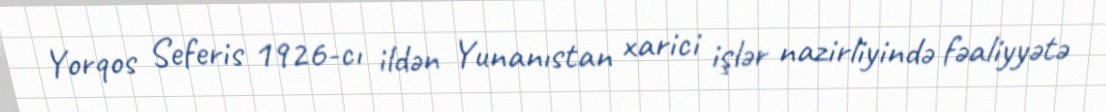
Yorqos Seferis 1926-cı ildən Yunanıstan xarici işlər nazirliyində fəaliyyətə